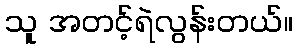
သူ အတင့်ရဲလွန်းတယ်။